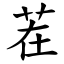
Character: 茬